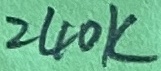
Text: 240K